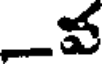
_వ